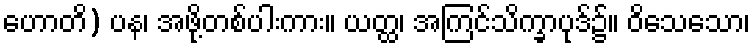
ဟောတိ) ပန၊ အဖို့တစ်ပါးကား။ ယတ္ထ၊ အကြင်သိက္ခာပုဒ်၌။ ဝိသေသော၊